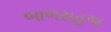
બાળસહજ